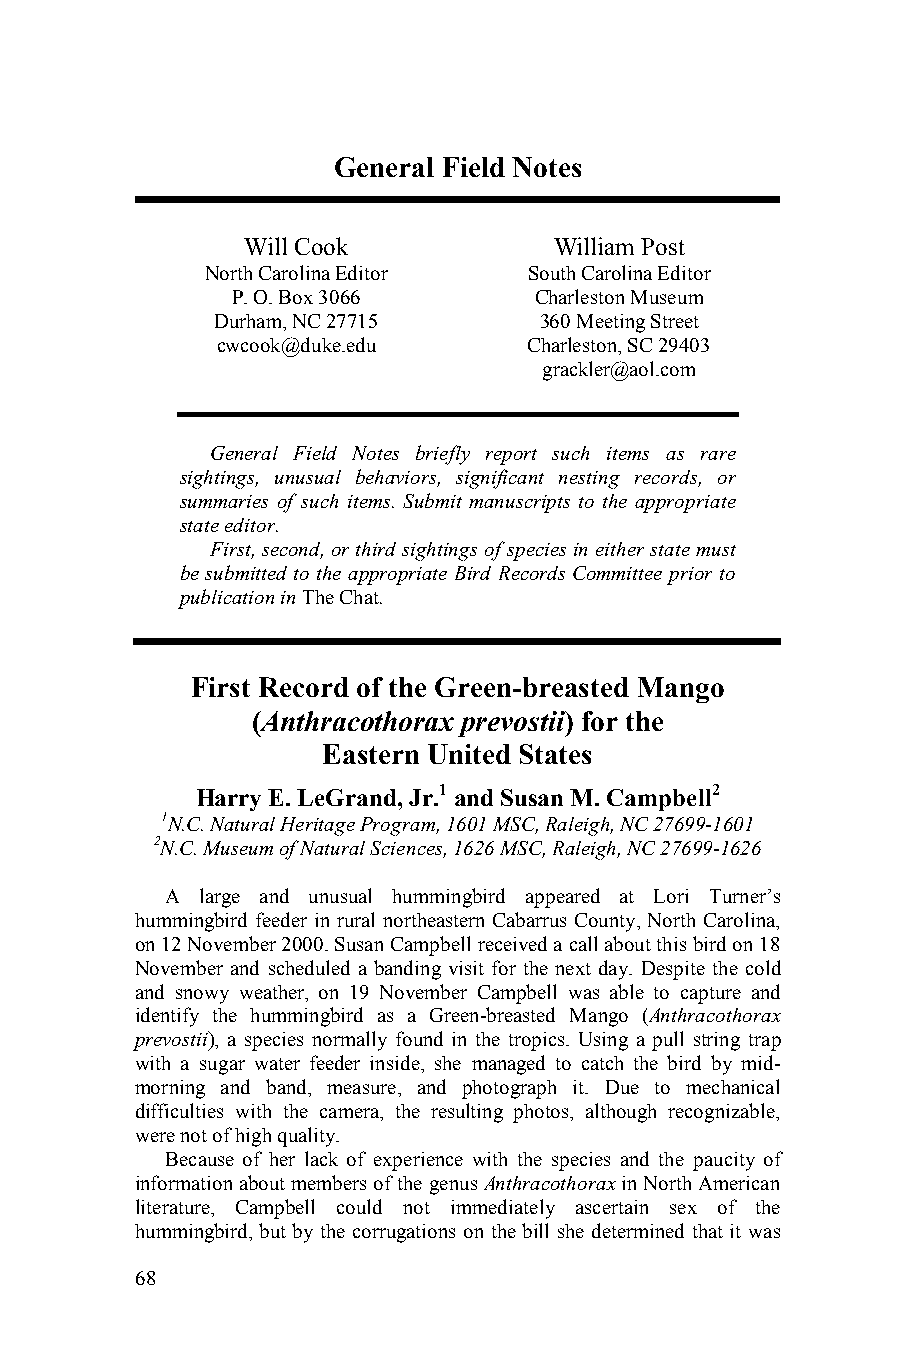
General Field Notes
 Will Cook            William Post
 North Carolina Editor South Carolina Editor
 P. O. Box 3066      Charleston Museum
 Durham, NC 27715      360 Meeting Street
 cwcook@duke.edu      Charleston, SC 29403
 grackler@aol.com
 General Field Notes briefly report such items as rare
 sightings, unusual behaviors, significant nesting records, or
 summaries of such items. Submit manuscripts to the appropriate
 state editor.
 First, second, or third sightings of species in either state must
 be submitted to the appropriate Bird Records Committee prior to
 publication in The Chat.
 First Record of the Green-breasted Mango
 (Anthracothorax prevostii) for the
 Eastern United States
 Harry E. LeGrand, Jr.1 and Susan M. Campbell2
 1N.C. Natural Heritage Program, 1601 MSC, Raleigh, NC 27699-1601
 2N.C. Museum of Natural Sciences, 1626 MSC, Raleigh, NC 27699-1626
 A large and unusual hummingbird appeared at Lori Turner’s
 hummingbird feeder in rural northeastern Cabarrus County, North Carolina,
 on 12 November 2000. Susan Campbell received a call about this bird on 18
 November and scheduled a banding visit for the next day. Despite the cold
 and snowy weather, on 19 November Campbell was able to capture and
 identify the hummingbird as a Green-breasted Mango (Anthracothorax
 prevostii), a species normally found in the tropics. Using a pull string trap
 with a sugar water feeder inside, she managed to catch the bird by mid-
 morning and band, measure, and photograph it. Due to mechanical
 difficulties with the camera, the resulting photos, although recognizable,
 were not of high quality.
 Because of her lack of experience with the species and the paucity of
 information about members of the genus Anthracothorax in North American
 literature, Campbell could not immediately ascertain sex of the
 hummingbird, but by the corrugations on the bill she determined that it was
 68